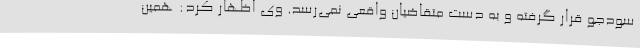
سودجو قرار گرفته و به دست متقاضیان واقعی نمی‌رسد. وی اظهار کرد: همین